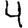
Digit: 4